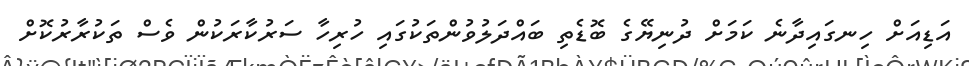
އަޑިއަށް ހިނގައިދާނެ ކަމަށް ދުނިޔޭގެ ބޮޑެތި ބައްދަލުވުންތަކުގައި ހުރިހާ ސަރުކާރަކުން ވެސް ތަކުރާރުކޮށް